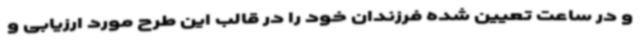
و در ساعت تعیین شده فرزندان خود را در قالب این طرح مورد ارزیابی و